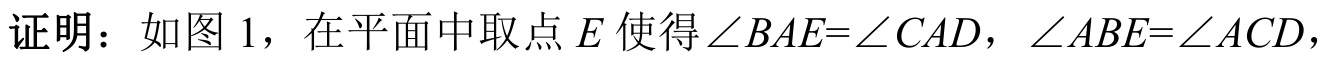
证明：如图 \(1\)，在平面中取点 \(E\) 使得 \(\angle BAE=\angle CAD\)，\(\angle ABE=\angle ACD\)，